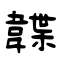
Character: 韘